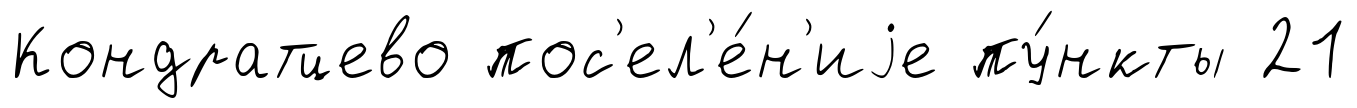
Кондратцево пос'ел'е́н'иjе пу́нкты 21